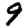
Digit: 9